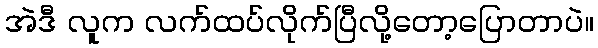
အဲဒီ လူက လက်ထပ်လိုက်ပြီလို့တော့ပြောတာပဲ။